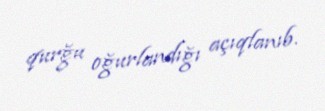
qurğu oğurlandığı açıqlanıb.